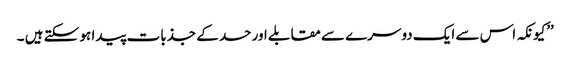
’’کیونکہ اس سے ایک دوسرے سے مقابلے اور حسد کے جذبات پیدا ہو سکتے ہیں ۔